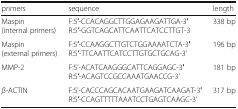
<table><thead><tr><td><b>primers</b></td><td><b>sequence</b></td><td><b>length</b></td></tr></thead><tbody><tr><td>Maspin(internal primers)</td><td>F:5′-CCACAGGCTTGGAGAAGATTGA-3′R:5′-GGTCAGCATTCAATTCATCCTTGT-3</td><td>338 bp</td></tr><tr><td>Maspin(external primers)</td><td>F:5′-CCAAGGCTTGTCTGGAAAATCTA-3′R:5′-TTCAATTCATCCTTGTGCTGCAG-3’</td><td>196 bp</td></tr><tr><td>MMP-2</td><td>F:5’-ACATCAAGGGCATTCAGGAGC-3′R:5′-ACAGTCCGCCAAATGAACCG-3’</td><td>181 bp</td></tr><tr><td><i>β</i>-ACTIN</td><td>F:5’-CACCCAGCACAATGAAGATCAAGAT-3′R:5′-CCAGTTTTTAAATCCTGAGTCAAGC-3’</td><td>317 bp</td></tr></tbody></table>